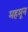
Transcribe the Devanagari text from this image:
महमून